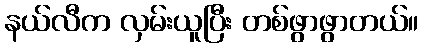
နယ်လီက လှမ်းယူပြီး တစ်ဖွာဖွာတယ်။